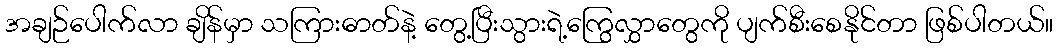
အချဉ်ပေါက်လာ ချိန်မှာ သကြားဓာတ်နဲ့ တွေ့ပြီးသွားရဲ့ကြွေလွှာတွေကို ပျက်စီးစေနိုင်တာ ဖြစ်ပါတယ်။